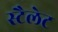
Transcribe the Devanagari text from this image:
स्टैलेट